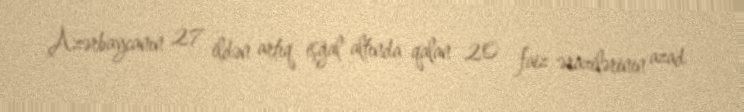
Azərbaycanın 27 ildən artıq işğal altında qalan 20 faiz ərazilərinin azad